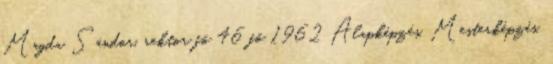
Magda Sándor, rektor fõ 46 fõ 1962 Alapképzés, Mesterképzés,